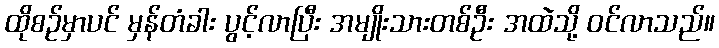
ထိုစဉ်မှာပင် မှန်တံခါး ပွင့်လာပြီး အမျိုးသားတစ်ဦး အထဲသို့ ဝင်လာသည်။